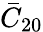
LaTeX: \bar{C}_{20}